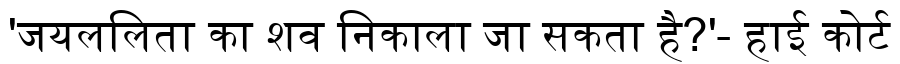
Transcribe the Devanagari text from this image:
'जयललिता का शव निकाला जा सकता है?'- हाई कोर्ट